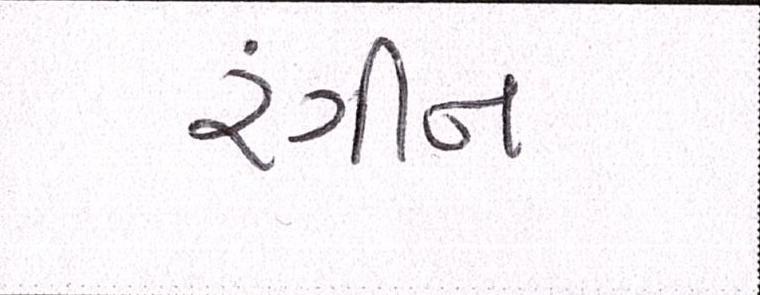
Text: રંગીન